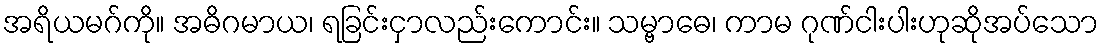
အရိယမဂ်ကို။ အဓိဂမာယ၊ ရခြင်းငှာလည်းကောင်း။ သမ္ဗာဓေ၊ ကာမ ဂုဏ်ငါးပါးဟုဆိုအပ်သော